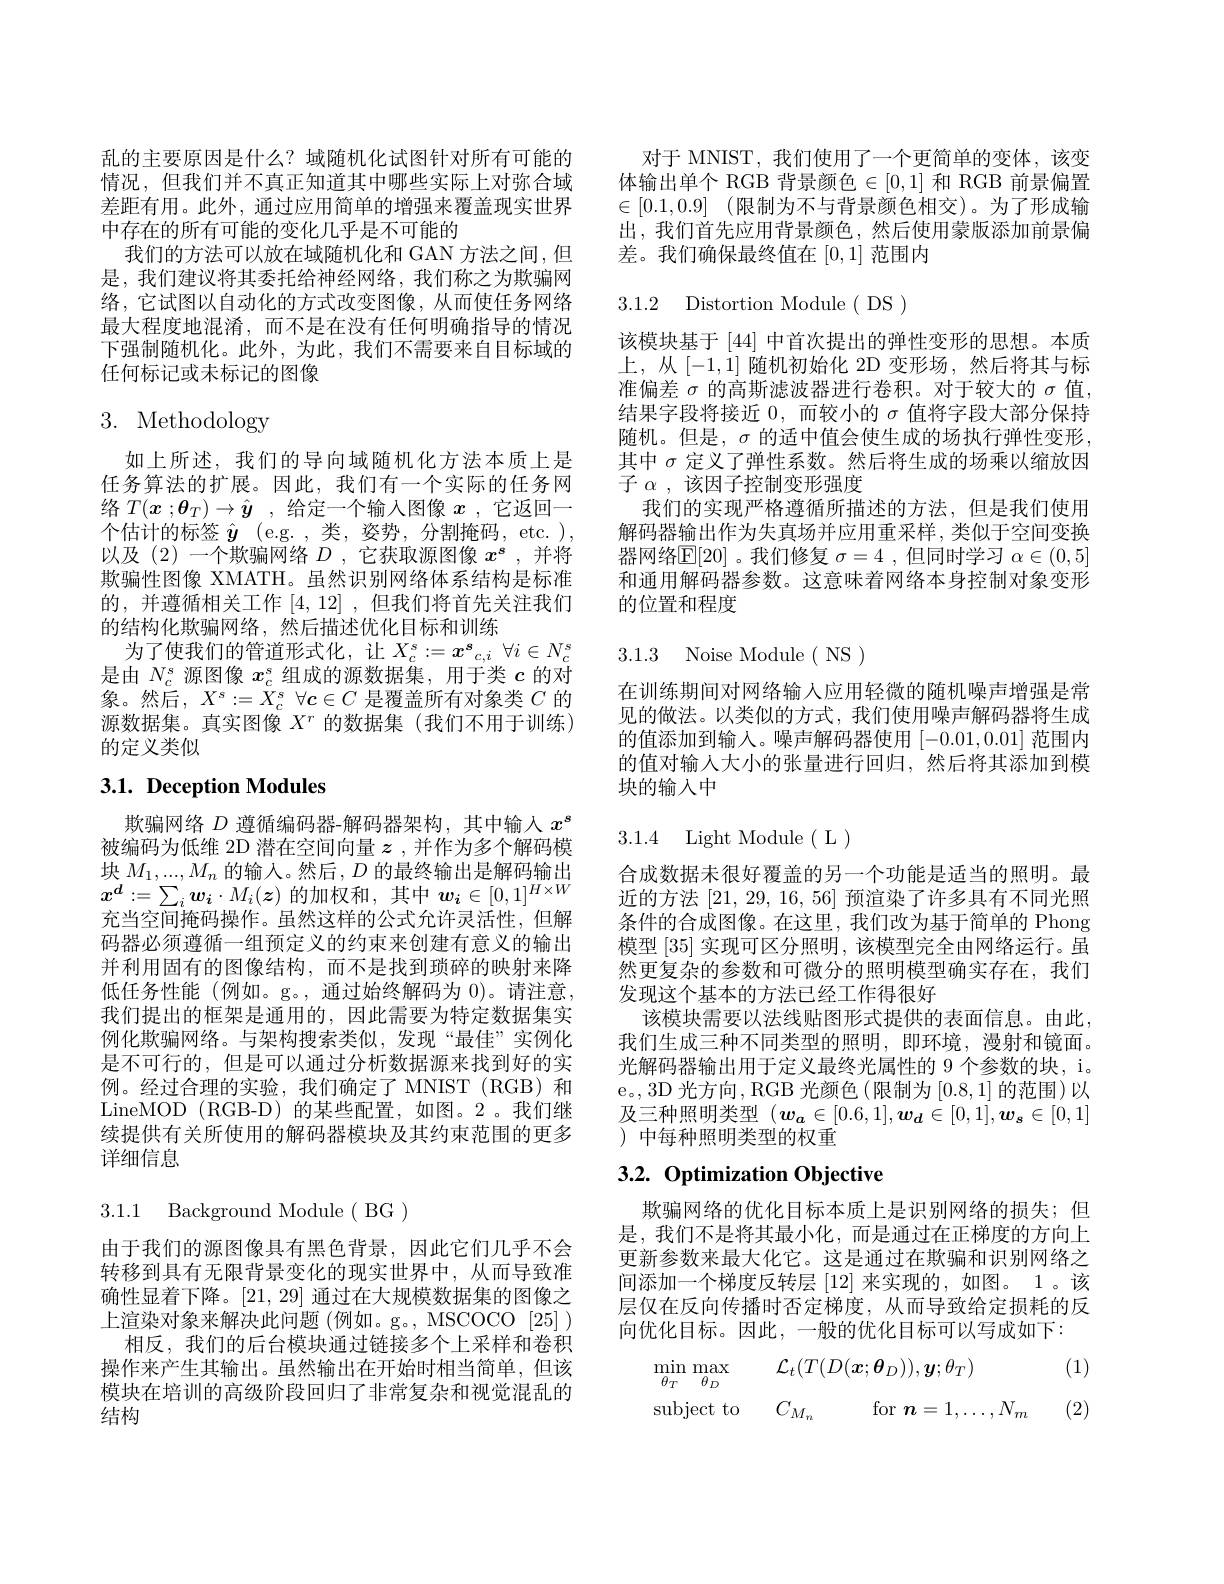
乱的主要原因是什么？域随机化试图针对所有可能的情况，但我们并不真正知道其中哪些实际上对弥合域差距有用。此外，通过应用简单的增强来覆盖现实世界中存在的所有可能的变化几乎是不可能的
我们的方法可以放在域随机化和 GAN 方法之间，但是，我们建议将其委托给神经网络，我们称之为欺骗网络，它试图以自动化的方式改变图像，从而使任务网络最大程度地混淆，而不是在没有任何明确指导的情况下强制随机化。此外，为此，我们不需要来自目标域的任何标记或未标记的图像

# 3. Methodology

如上所述，我们的导向域随机化方法本质上是任务算法的扩展。因此，我们有一个实际的任务网络$T( x$ $; \boldsymbol{\theta }_T) \to \hat{y}$ ,给定一个输入图像$x$ ,它返回一个估计的标签$\hat{\boldsymbol{y}}$ (e.g.,类，姿势，分割掩码，etc.), 以及(2)一个欺骗网络$D$ ,它获取源图像$x^{\boldsymbol{s}}$ ,并将欺骗性图像 XMATH。虽然识别网络体系结构是标准的，并遵循相关工作[4,12],但我们将首先关注我们的结构化欺骗网络，然后描述优化目标和训练
为了使我们的管道形式化，让$X_c^s:=x^{\boldsymbol{s}}_{c,i}\forall i\in N_c^{s}$ 是由$N_c^s$源图像$x_c^s$组成的源数据集，用于类$c$的对象。然后，$X^s:=X_c^s$ $\forall\boldsymbol{c}\in C$是覆盖所有对象类$C$的源数据集。真实图像$X^r$的数据集(我们不用于训练) 的定义类似

# 3.1. Deception Modules

欺骗网络$D$遵循编码器-解码器架构，其中输入$x^{s}$ 被编码为低维 2D 潜在空间向量$z$ ,并作为多个解码模块$M_1,...,M_n$的输入。然后$,D$的最终输出是解码输出$x^d:=\sum_i\boldsymbol{w}_i\cdot M_i(\boldsymbol{z})$的加权和，其中$w_i\in[0,1]^H\times W$ 充当空间掩码操作。虽然这样的公式允许灵活性，但解码器必须遵循一组预定义的约束来创建有意义的输出并利用固有的图像结构，而不是找到琐碎的映射来降低任务性能(例如。g。,通过始终解码为 0)。请注意， 我们提出的框架是通用的，因此需要为特定数据集实例化欺骗网络。与架构搜索类似，发现“最佳”实例化是不可行的，但是可以通过分析数据源来找到好的实例。经过合理的实验，我们确定了 MNIST (RGB) 和LineMOD (RGB-D) 的某些配置，如图。2。我们继续提供有关所使用的解码器模块及其约束范围的更多详细信息

3.1.1 Background Module( BG )

由于我们的源图像具有黑色背景，因此它们几乎不会转移到具有无限背景变化的现实世界中，从而导致准确性显着下降。[21,29]通过在大规模数据集的图像之上渲染对象来解决此问题(例如。g。,MSCOCO[25])
相反，我们的后台模块通过链接多个上采样和卷积操作来产生其输出。虽然输出在开始时相当简单，但该模块在培训的高级阶段回归了非常复杂和视觉混乱的结构

对于 MNIST, 我们使用了一个更简单的变体，该变体输出单个 RGB 背景颜色$\in[0,1]$和 RGB 前景偏置$\in [ 0. 1, 0. 9]$ (限制为不与背景颜色相交)。为了形成输出，我们首先应用背景颜色，然后使用蒙版添加前景偏差。我们确保最终值在[0,1]范围内

3.1.2 Distortion Module( DS)

该模块基于 [44] 中首次提出的弹性变形的思想。本质上，从$[-1,\dot{1}]$随机初始化 2D 变形场，然后将其与标准偏差$\sigma$的高斯滤波器进行卷积。对于较大的$\sigma$值， 结果字段将接近 0,而较小的$\sigma$值将字段大部分保持随机。但是，$\sigma$的适中值会使生成的场执行弹性变形， 其中$\sigma$定义了弹性系数。然后将生成的场乘以缩放因子$\alpha$,该因子控制变形强度
我们的实现严格遵循所描述的方法，但是我们使用解码器输出作为失真场并应用重采样，类似于空间变换器网络$\mathbb{E}[20]$ 。我们修复 $\sigma=4$ ,但同时学习 $\alpha\in(0,5]$ 和通用解码器参数。这意味着网络本身控制对象变形的位置和程度

3.1.3 Noise Module( NS)

在训练期间对网络输人应用轻微的随机噪声增强是常见的做法。以类似的方式，我们使用噪声解码器将生成的值添加到输入。噪声解码器使用[-0.01,0.01]范围内的值对输入大小的张量进行回归，然后将其添加到模块的输入中

## 3.1.4 Light Module(L)

合成数据未很好覆盖的另一个功能是适当的照明。最近的方法[21,29,16,56]预渲染了许多具有不同光照条件的合成图像。在这里，我们改为基于简单的 Phong 模型[35]实现可区分照明，该模型完全由网络运行。虽然更复杂的参数和可微分的照明模型确实存在，我们发现这个基本的方法已经工作得很好
该模块需要以法线贴图形式提供的表面信息。由此， 我们生成三种不同类型的照明，即环境，漫射和镜面。光解码器输出用于定义最终光属性的 9 个参数的块，i。e。,3D 光方向，RGB 光颜色(限制为[0.8,1]的范围)以及三种照明类型$(\boldsymbol w_a\in[0.6,1],\boldsymbol{w}_d\in[0,1],\boldsymbol{w}_s\in[0,1]$ ) 中每种照明类型的权重

# 3.2. Optimization Objective

欺骗网络的优化目标本质上是识别网络的损失；但是，我们不是将其最小化，而是通过在正梯度的方向上更新参数来最大化它。这是通过在欺骗和识别网络之间添加一个梯度反转层[12]来实现的，如图。1。该层仅在反向传播时否定梯度，从而导致给定损耗的反向优化目标。因此，一般的优化目标可以写成如下：

(1)
$$\begin{aligned}&\operatorname*{min}_{\theta_{T}}\operatorname*{max}_{\theta_{D}}&&\mathcal{L}_{t}(T(D(\boldsymbol{x};\boldsymbol{\theta}_{D})),\boldsymbol{y};\theta_{T})\\&\mathrm{subject~to}&&C_{M_{n}}\quad\mathrm{for}\:\boldsymbol{n}=1,\ldots,N_{m}\end{aligned}$$
(2)